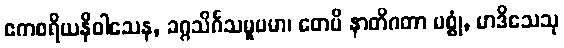
ဧကစရိယနိဝါသေန, ခဂ္ဂသိင်္ဂသမူပမာ၊ တေပိ နာတိဂတာ မစ္စုံ, မာဒိသေသု